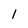
Character: 1